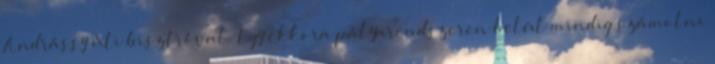
Andrássy úti bisztróval. Egy ekkora pályarendszeren belül mindig számolni